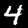
Digit: 4